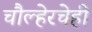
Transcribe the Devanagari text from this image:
चौल्हेरचेही